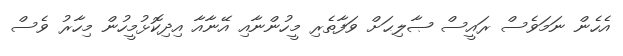
އެހެން ނަމަވެސް ރައީސް ޞާލިޙަށް ވަފާތެރި މީހުންނާއި އޭނާއާ އިދިކޮޅުމީހުން މިހާރު ވެސް